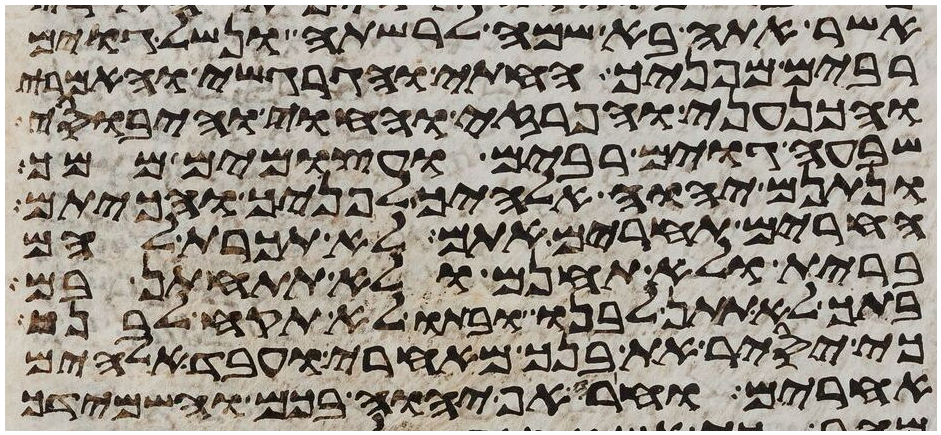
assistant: אשר אתה בא שמה לרשתה ונשל גוים
רבים מפניך החתי והגרגשי והאמרי
והכנעני והפרזי והחוי והיבוסי
שבעה גוים רבים ועצמים ממך
ונתנם יהוה אלהיך לפניך והכיתם
החרים תחרים אתם לא תכרת להם
ברית ולא תחנם ולא תתחתן בם
בתך לא תתן לבנו ובתו לא תקח לבנך
כי יסיר את בנך מאחרי ועבד אלהים
אחרים וחרה אף יהוה בכם והשמידך